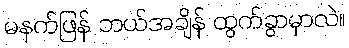
မနက်ဖြန် ဘယ်အချိန် ထွက်ခွာမှာလဲ။